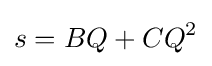
s=BQ+CQ^{2}